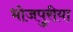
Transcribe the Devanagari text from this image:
भोजपुरीया